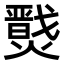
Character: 𤐦